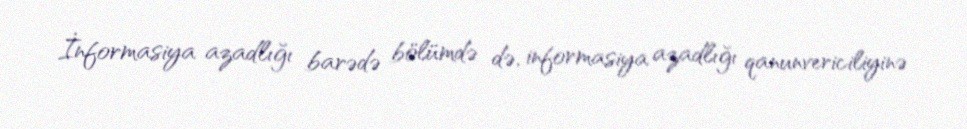
İnformasiya azadlığı barədə bölümdə də, informasiya azadlığı qanunvericiliyinə